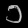
Digit: ၁